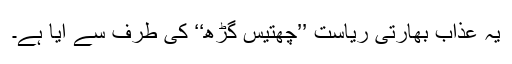
یہ عذاب بھارتی ریاست ’’چھتیس گڑھ‘‘ کی طرف سے آیا ہے۔